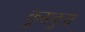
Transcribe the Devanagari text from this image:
कुसकुस